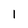
Character: 1